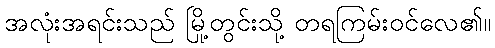
အလုံးအရင်းသည် မြို့တွင်းသို့ တရကြမ်းဝင်လေ၏။